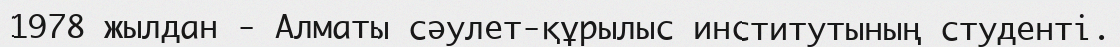
1978 жылдан - Алматы сәулет-құрылыс институтының студенті.